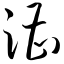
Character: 漕